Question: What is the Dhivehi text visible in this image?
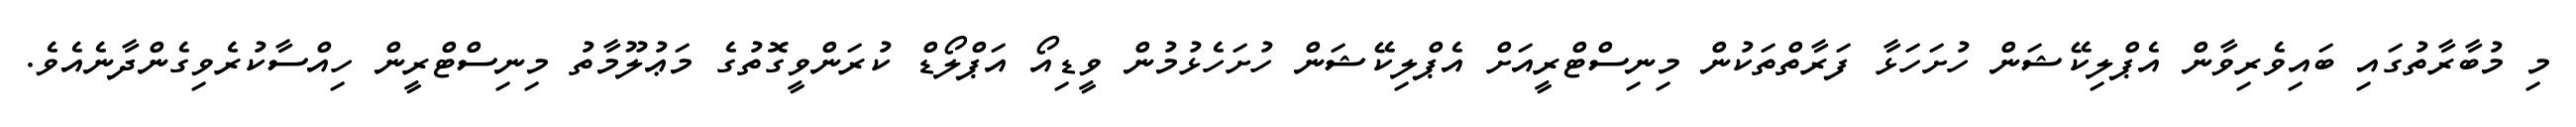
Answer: މި މުބާރާތުގައި ބައިވެރިވާން އެޕްލިކޭޝަން ހުށަހަޅާ ފަރާތްތަކުން މިނިސްޓްރީއަށް އެޕްލިކޭޝަން ހުށަހެޅުމުން ވީޑިއޯ އަޕްލޯޑް ކުރަންވީގޮތުގެ މަޢުލޫމާތު މިނިސްޓްރީން ހިއްސާކުރެވިގެންދާނެއެވެ.